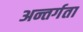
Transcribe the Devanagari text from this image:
अन्तर्गता